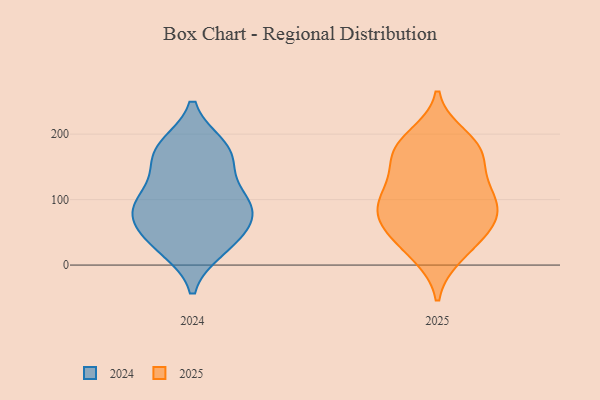
{"axis": {"x": "Energy Usage (MWh)", "y": "Value"}, "legend": ["2024", "2025"], "data": [{"x": "", "y": 180, "type": "2024"}, {"x": "", "y": 94, "type": "2024"}, {"x": "", "y": 92, "type": "2024"}, {"x": "", "y": 37, "type": "2024"}, {"x": "", "y": 177, "type": "2024"}, {"x": "", "y": 113, "type": "2024"}, {"x": "", "y": 67, "type": "2024"}, {"x": "", "y": 35, "type": "2024"}, {"x": "", "y": 82, "type": "2024"}, {"x": "", "y": 83, "type": "2024"}, {"x": "", "y": 26, "type": "2024"}, {"x": "", "y": 158, "type": "2024"}, {"x": "", "y": 169, "type": "2024"}, {"x": "", "y": 22, "type": "2025"}, {"x": "", "y": 56, "type": "2025"}, {"x": "", "y": 118, "type": "2025"}, {"x": "", "y": 196, "type": "2025"}, {"x": "", "y": 109, "type": "2025"}, {"x": "", "y": 66, "type": "2025"}, {"x": "", "y": 49, "type": "2025"}, {"x": "", "y": 71, "type": "2025"}, {"x": "", "y": 181, "type": "2025"}, {"x": "", "y": 136, "type": "2025"}, {"x": "", "y": 174, "type": "2025"}, {"x": "", "y": 15, "type": "2025"}, {"x": "", "y": 82, "type": "2025"}, {"x": "", "y": 100, "type": "2025"}, {"x": "", "y": 93, "type": "2025"}, {"x": "", "y": 170, "type": "2025"}, {"x": "", "y": 173, "type": "2025"}]}